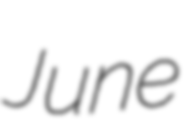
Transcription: June